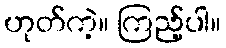
ဟုတ်ကဲ့။ ကြည့်ပါ။